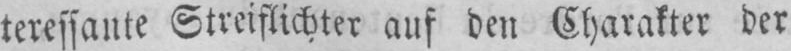
teressante Streiflichter auf den Charakter der